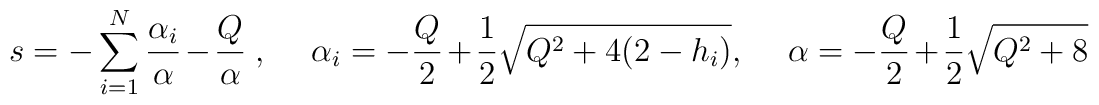
s=-\sum_{i=1}^{N}\frac{\alpha_i}{\alpha} - \frac{Q}{\alpha}~, \quad ~\alpha_i=-\frac{Q}{2}+ \frac{1}{2}\sqrt{Q^2 + 4(2 - h_i)}, \quad ~\alpha=-\frac{Q}{2}+ \frac{1}{2}\sqrt{Q^2 + 8}